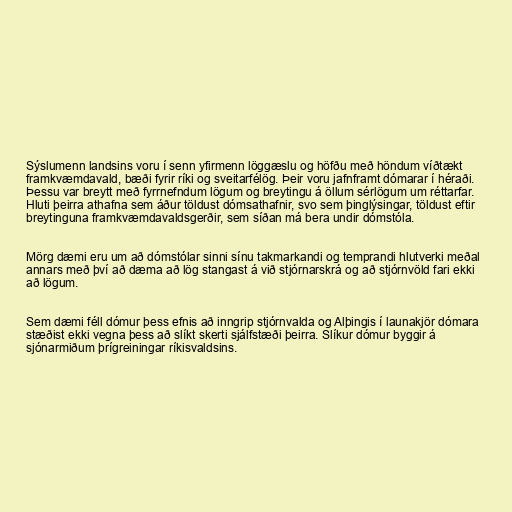
Sýslumenn landsins voru í senn yfirmenn löggæslu og höfðu með höndum víðtækt
framkvæmdavald, bæði fyrir ríki og sveitarfélög. Þeir voru jafnframt dómarar í héraði.
Þessu var breytt með fyrrnefndum lögum og breytingu á öllum sérlögum um réttarfar.
Hluti þeirra athafna sem áður töldust dómsathafnir, svo sem þinglýsingar, töldust eftir
breytinguna framkvæmdavaldsgerðir, sem síðan má bera undir dómstóla.

Mörg dæmi eru um að dómstólar sinni sínu takmarkandi og temprandi hlutverki meðal
annars með því að dæma að lög stangast á við stjórnarskrá og að stjórnvöld fari ekki
að lögum.

Sem dæmi féll dómur þess efnis að inngrip stjórnvalda og Alþingis í launakjör dómara
stæðist ekki vegna þess að slíkt skerti sjálfstæði þeirra. Slíkur dómur byggir á
sjónarmiðum þrígreiningar ríkisvaldsins.